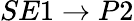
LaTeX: SE1\rightarrow P2